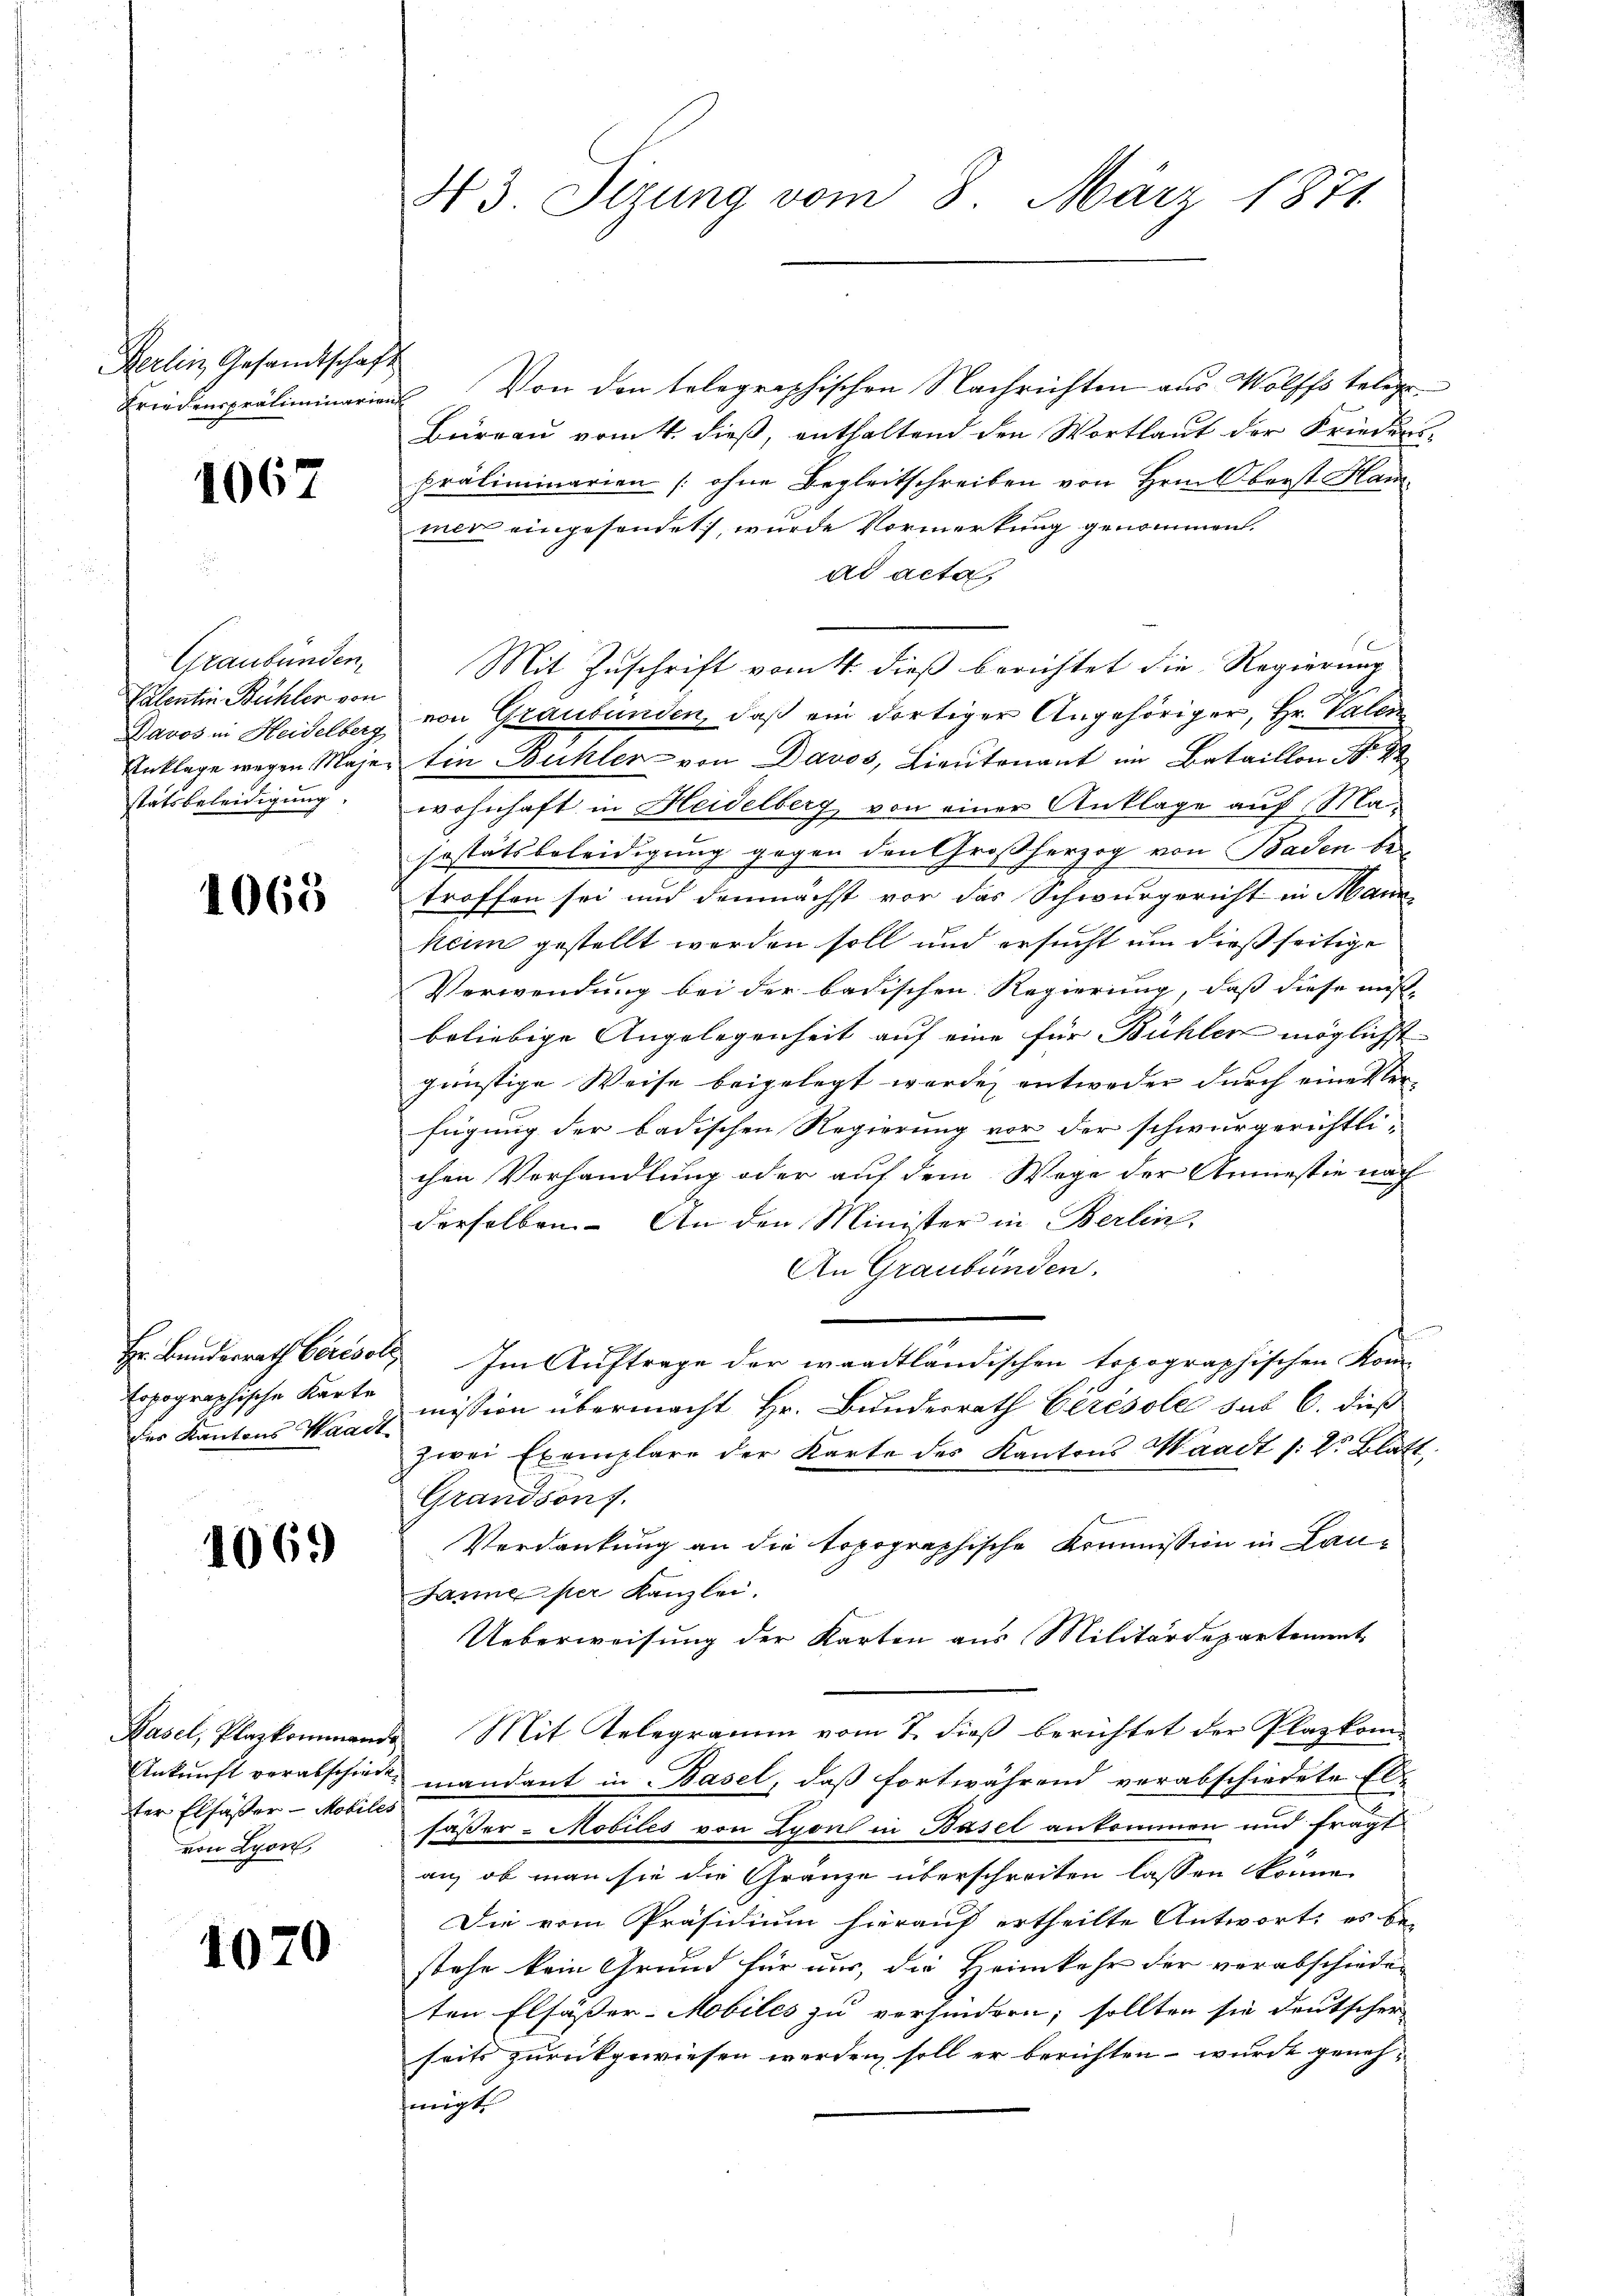
Rerlin, Gesandtschaft
Friedenspräliminarien

1067

Graubünden,
Valentin Bühler von
Davos in Heidelberg
Anklage wegen Maje
stätsbeleidigung

1065

Hr. Bundesrath berisch
Erpographische Karte
der Kantons Waadt

1069

Basel, Plazkommende
Ankunft verabschiede
ter Elfäßer - Mobiles
von Lyon,

1070.

43 Sizung vom 8. März 1871

Von den telegraphischen Nachrichten aus Wolffs belege
Bureau vom 4. dieß, enthaltend den Wortlaut der Friedenspräliminarien (ohne Begleitschreiben von Hrn. Oberst Hammer eingesendet, wurde Vormerkung genommen.
ad acta,
Mit Zuschrift vom 4. dieß berichtet die Regierung
von Graubünden, daß ein dortiger Angehöriger, Hr. Valen
ten Bühler von Davos, Lieutenant im Bataillon Nr. 2
wohnhaft in Heidelberg von einer Anklage auf Masestätsbeleidigung gegen den Großherzog von Baden be
troffen sei und demnächst vor das Schwurgericht in Mann
keim gestellt werden soll und ersucht um dießseitige
Verwendung bei der badischen Regierung, dass diese müsse |
beliebige Angelegenheit auf eine für Bühler möglichst
günstige Weise beigelegt werde, entweder durch einester-
fügung der badischen Regierung vor der schwurgerichtlichen Verhandlung oder auf dem Wege der Anmestie nach
derselben. An den Minister in Berlin,
An Graubünden.
 Im Auftrage der waadtländischen topographischen Kom-
mission übermacht Hr. Bundesrath Cérésole sub 6. dieß
zwei Exemplare der Karte des Kantons Waadt /: 2. Blatt
Grandson s.
Verdankung an die topographische Kommission in Lau¬
Janne per Kanzlei.
Ueberweisung der Karten aus Militärdepartement
 Mit Telegramm vom 7. dieß berichtet der Plazkommandant in Basel, daß fortwährend verabschiedete El
sässer - Mobiles von Lyon in Basel ankommen und fragt
an, ob man sie die Gränze überschreiten lassen könne.
Die vom Präsidium hierauf ertheilte Antwort: es be-
stehe kein Grund für nur, die Heimkehr der verabschieden
ten Elsässer-Mobiles zu verhindern; sollten sie deutscher
seits zurückgewiesen werden soll er berichten wurde geneh-
jenig